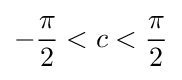
-{\frac {\pi }{2}}<c<{\frac {\pi }{2}}